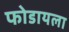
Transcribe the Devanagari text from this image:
फोडायला